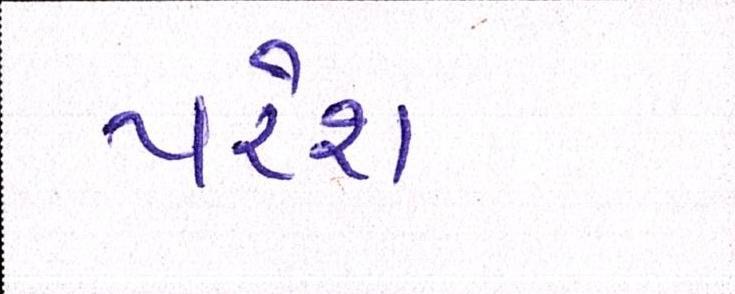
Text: પરેશ